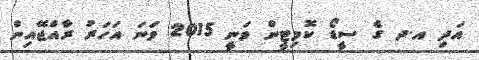
އަދި އ.ދ ގެ ސީޑޯ ކޮމިޓީން ވަނީ 2015 ވަނަ އަހަރު ރާއްޖޭއިން